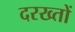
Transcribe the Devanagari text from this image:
दरख्तों